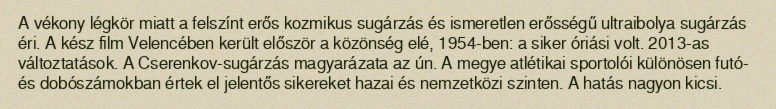
A vékony légkör miatt a felszínt erős kozmikus sugárzás és ismeretlen erősségű ultraibolya sugárzás éri. A kész film Velencében került először a közönség elé, 1954-ben: a siker óriási volt. 2013-as változtatások. A Cserenkov-sugárzás magyarázata az ún. A megye atlétikai sportolói különösen futó- és dobószámokban értek el jelentős sikereket hazai és nemzetközi szinten. A hatás nagyon kicsi.